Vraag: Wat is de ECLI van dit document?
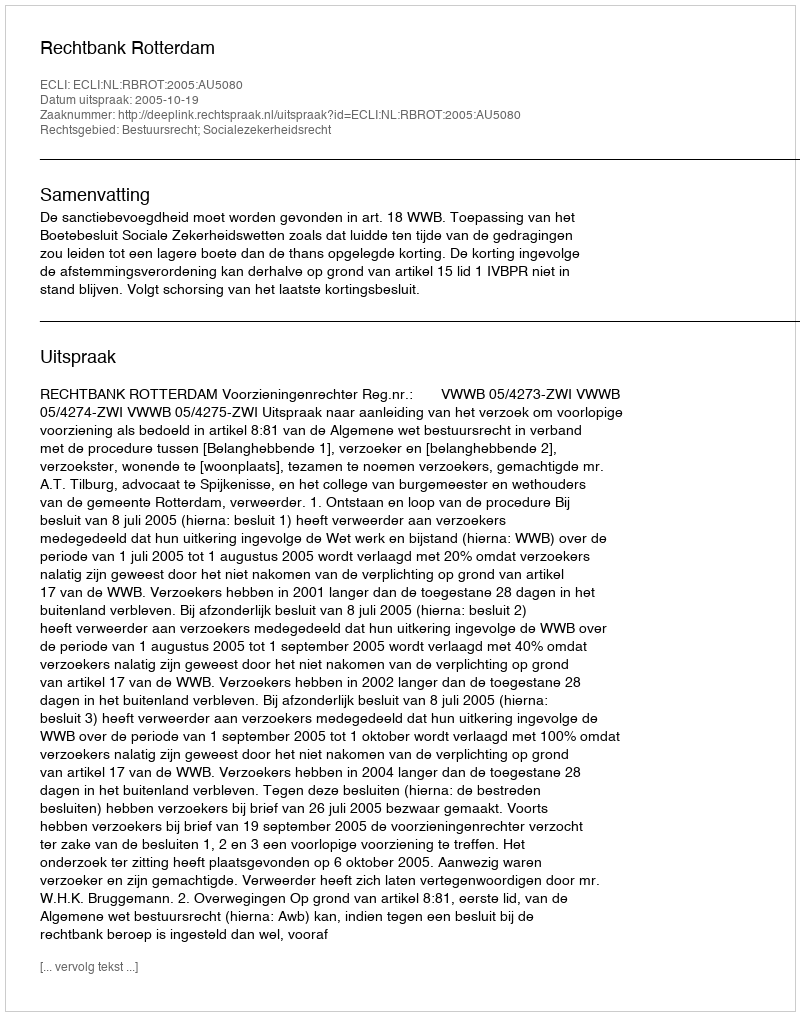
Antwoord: ECLI:NL:RBROT:2005:AU5080